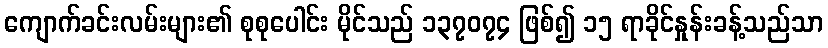
ကျောက်ခင်းလမ်းများ၏ စုစုပေါင်း မိုင်သည် ၁၃၇၀၇၄ ဖြစ်၍ ၁၅ ရာခိုင်နှုန်းခန့်သည်သာ